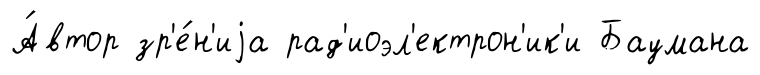
А́втор зр'е́н'иjа рад'иоэл'ектрон'ик'и Баумана